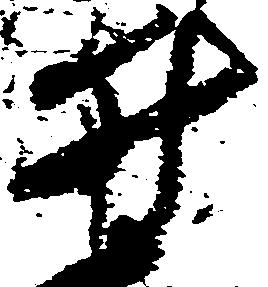
井